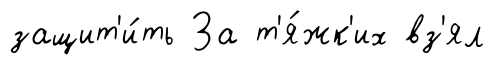
защит'и́ть За т'я́жк'их вз'ял